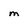
Character: m